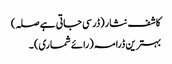
کاشف نثار (ڈر سی جاتی ہے صلہ)
بہترین ڈرامہ (رائے شماری) ۔